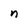
Character: n